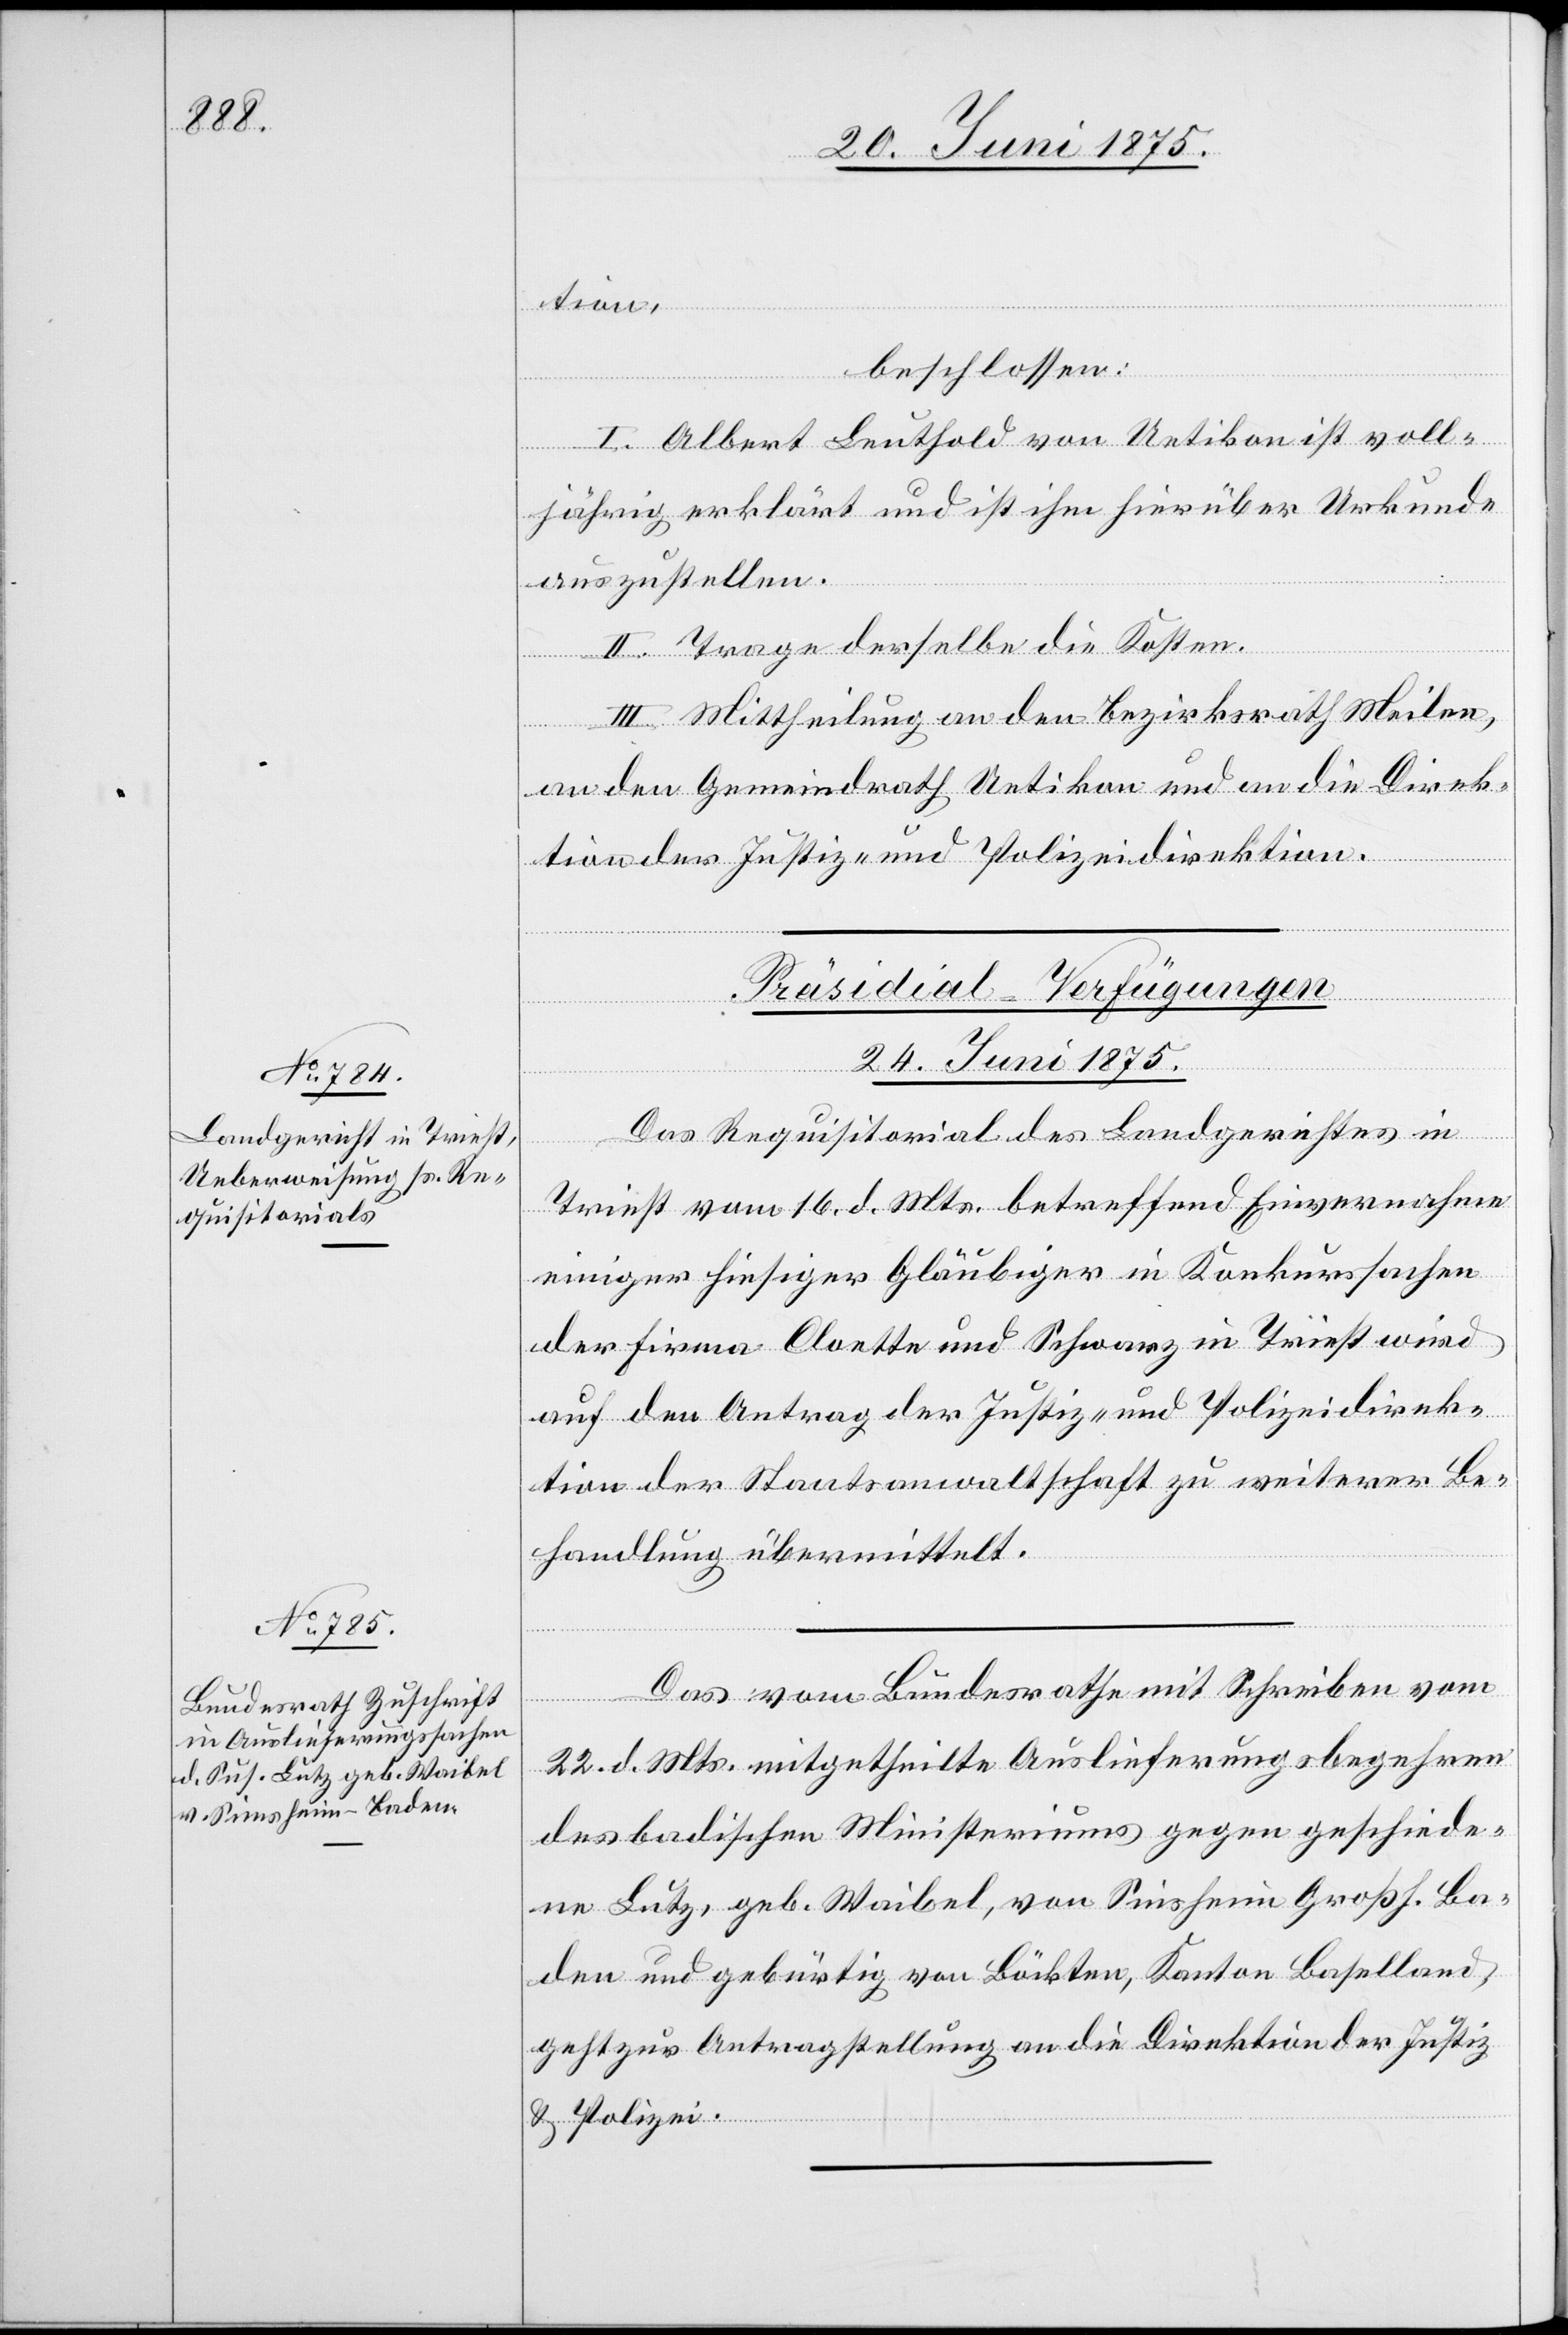
tion,
beschlossen:
I. Albert Leuthold von Uetikon ist voll¬
jährig erklärt und ist ihm hierüber Urkunde
auszustellen.
II. Trage derselbe die Kosten.
III. Mittheilung an den Bezirksrath Meilen,
an den Gemeindrath Uetikon und an die Direk¬
tion der Justiz- und Polizeidirektion
[Präsidial-Verfügungen
24. Juni 1875.]
Das Requisitorial des Landgerichtes in
von
Triest vom 16. d. Mts. betreffend Einvernahme
einiger hiesiger Gläubiger in Konkurssachen
der Firma Cloette und Schwarz in Triest wird
auf den Antrag der Justiz- und Polizeidirek¬
tion der Staatsanwaltschaft zu weiterer Be¬
handlung übermittelt.
Das vom Bundesrathe mit Schreiben vom
22. d. Mts. mitgetheilte Auslieferungsbegehren
des badischen Ministeriums gegen geschiede¬
ne Lutz, geb. Waibel, von Sinsheim Großh. Ba¬
den und gebürtig von Böckten, Kanton Baselland
geht zur Antragstellung an die Direktion der Justiz
& Polizei.